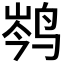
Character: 𮭦